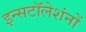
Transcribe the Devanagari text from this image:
इन्सटॉलेशंनों